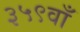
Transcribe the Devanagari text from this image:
३५९वाँ